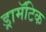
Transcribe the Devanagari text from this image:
ड्रामॅटिक